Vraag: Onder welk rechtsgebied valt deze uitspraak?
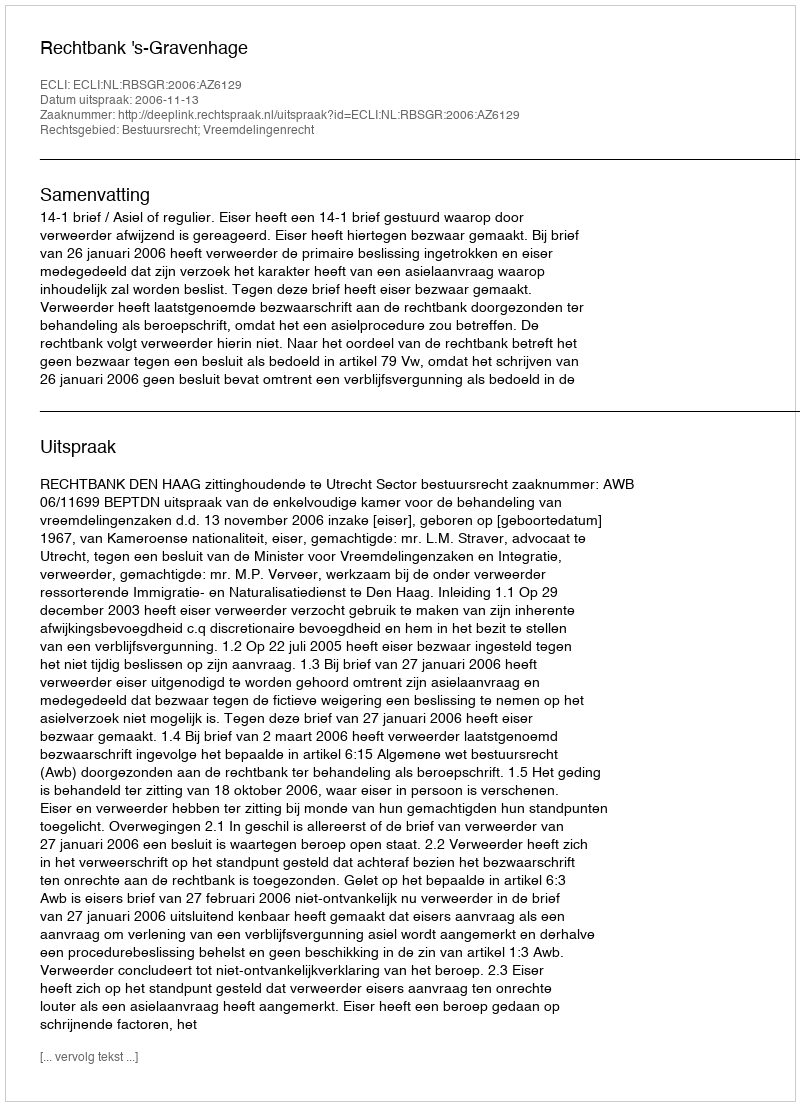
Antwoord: Bestuursrecht; Vreemdelingenrecht